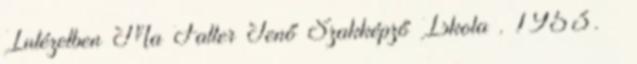
Intézetben Ma Faller Jenő Szakképző Iskola . 1953. –